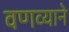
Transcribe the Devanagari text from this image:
वणव्याने